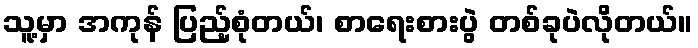
သူ့မှာ အကုန် ပြည့်စုံတယ်၊ စာရေးစားပွဲ တစ်ခုပဲလိုတယ်။